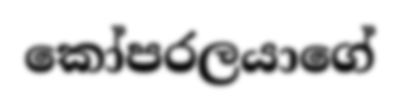
කෝපරලයාගේ